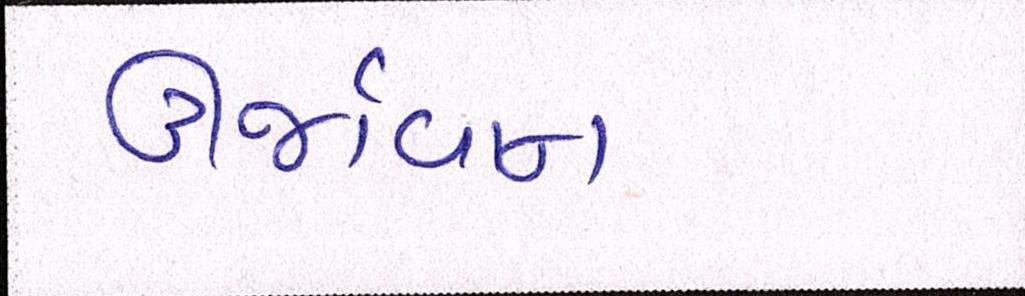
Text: ઊર્જાવાન